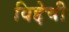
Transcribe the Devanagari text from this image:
विद्देची